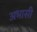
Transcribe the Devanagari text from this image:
अभासी